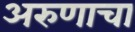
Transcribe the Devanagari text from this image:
अरुणाचा